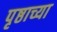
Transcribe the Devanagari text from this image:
पृष्ठाच्या